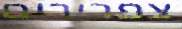
צפרירים